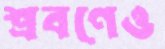
শ্রবণেও